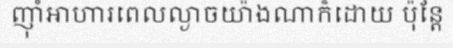
ញ៉ាំអាហារពេលល្ងាចយ៉ាងណាក៏ដោយ ប៉ុន្តែ